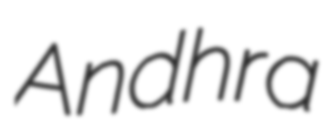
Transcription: Andhra